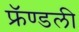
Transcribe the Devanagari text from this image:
फ्रॅण्डली